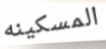
المسكينه